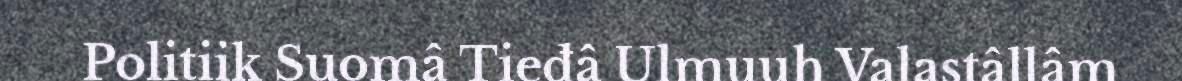
Politiik Suomâ Tieđâ Ulmuuh Valastâllâm